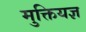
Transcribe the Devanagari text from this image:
मुक्तियज्ञ